Plague in India, 1896, 1897 - Volume 3
Year: 1896
Disease focus: Plague
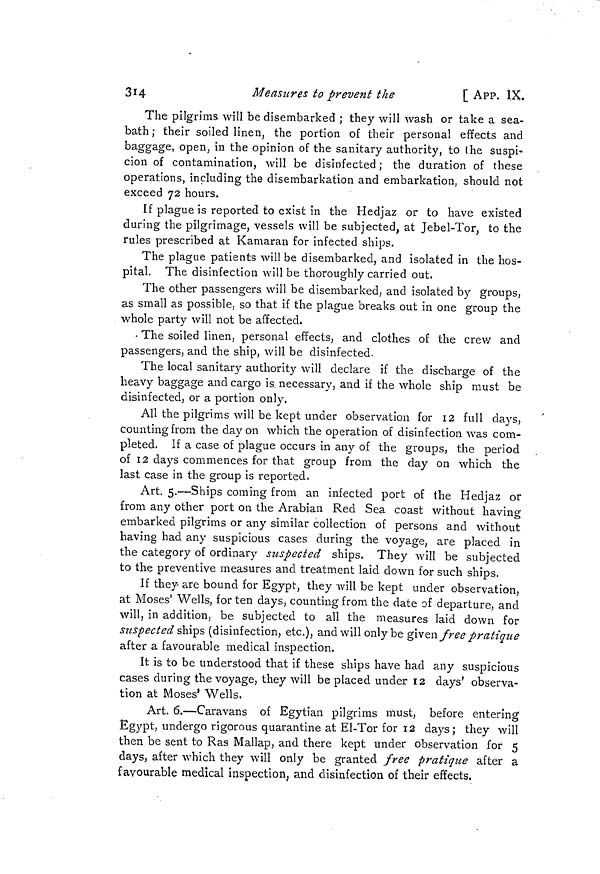
3H
Measures to prevent the
[ APP. IX.
The pilgrims will be disembarked ; they will wash or take a sea-
bath ; their soiled linen, the portion of their personal effects and
baggage, open, in the opinion of the sanitary authority, to (he suspi-
cion of contamination, will be disinfected ; the duration of these
operations, including the disembarkation and embarkation, should not
exceed 72 hours.
If plague is reported to exist in the Hedjaz or to have existed
during the pilgrimage, vessels will be subjected, at Jebel-Tor, to the
rules prescribed at Kamaran for infected ships.
The plague patients will be disembarked, and isolated in the hos-
pital. The disinfection will be thoroughly carried out.
The other passengers will be disembarked, and isolated by groups,
as small as possible, so that if the plague breaks out in one group the
whole party will not be affected.
• The soiled linen, personal effects, and clothes of the crew and
passengers, and the ship, will be disinfected.
The local sanitary authority will declare if the discharge of the
heavy baggage and cargo is necessary, and if the whole ship must be
disinfected, or a portion only.
All the pilgrims will be kept under observation for 12 full days,
counting from the davon which the operation of disinfection was com-
pleted. If a case of plague occurs in any of the groups, the period
of 12 days commences for that group from the day on which the
last case in the group is reported.
Art. 5.—Ships coming from an infected port of the Hedjaz or
from any other port on the Arabian Red Sea coast without having
embarked pilgrims or any similar collection of persons and without
having had any suspicious cases during the voyage, are placed in
the category of ordinary suspected ships. They will be subjected
to the preventive measures and treatment laid down for such ships.
If they- are bound for Egypt, they will be kept under observation,
at Moses' Wells, for ten days, counting from the date of departure, and
will, in addition, be subjected to all the measures laid down for
suspected ships (disinfection, etc.), and will only be given free pratique
after a favourable medical inspection.
It is to be understood that if these ships have had any suspicious
cases during the voyage, they will be placed under 12 days' observa-
tion at Moses 1 Wells.
Art. 6.—Caravans of Egytian pilgrims must, before entering
Egypt, undergo rigorous quarantine at El-Tor for 12 days ; they will
then be sent to Ras Mallap, and there kept under observation for 5
days, after which they will only be granted free pratique after a
favourable medical inspection, and disinfection of their effects.